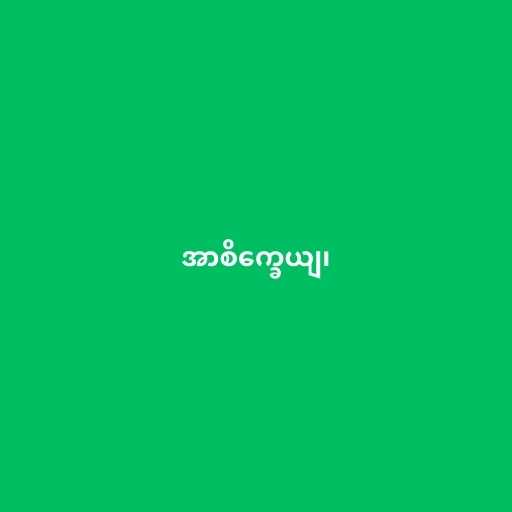
အာစိက္ခေယျ၊